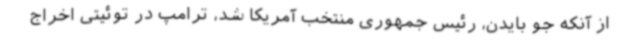
از آنکه جو بایدن، رئیس جمهوری منتخب آمریکا شد، ترامپ در توئیتی اخراج